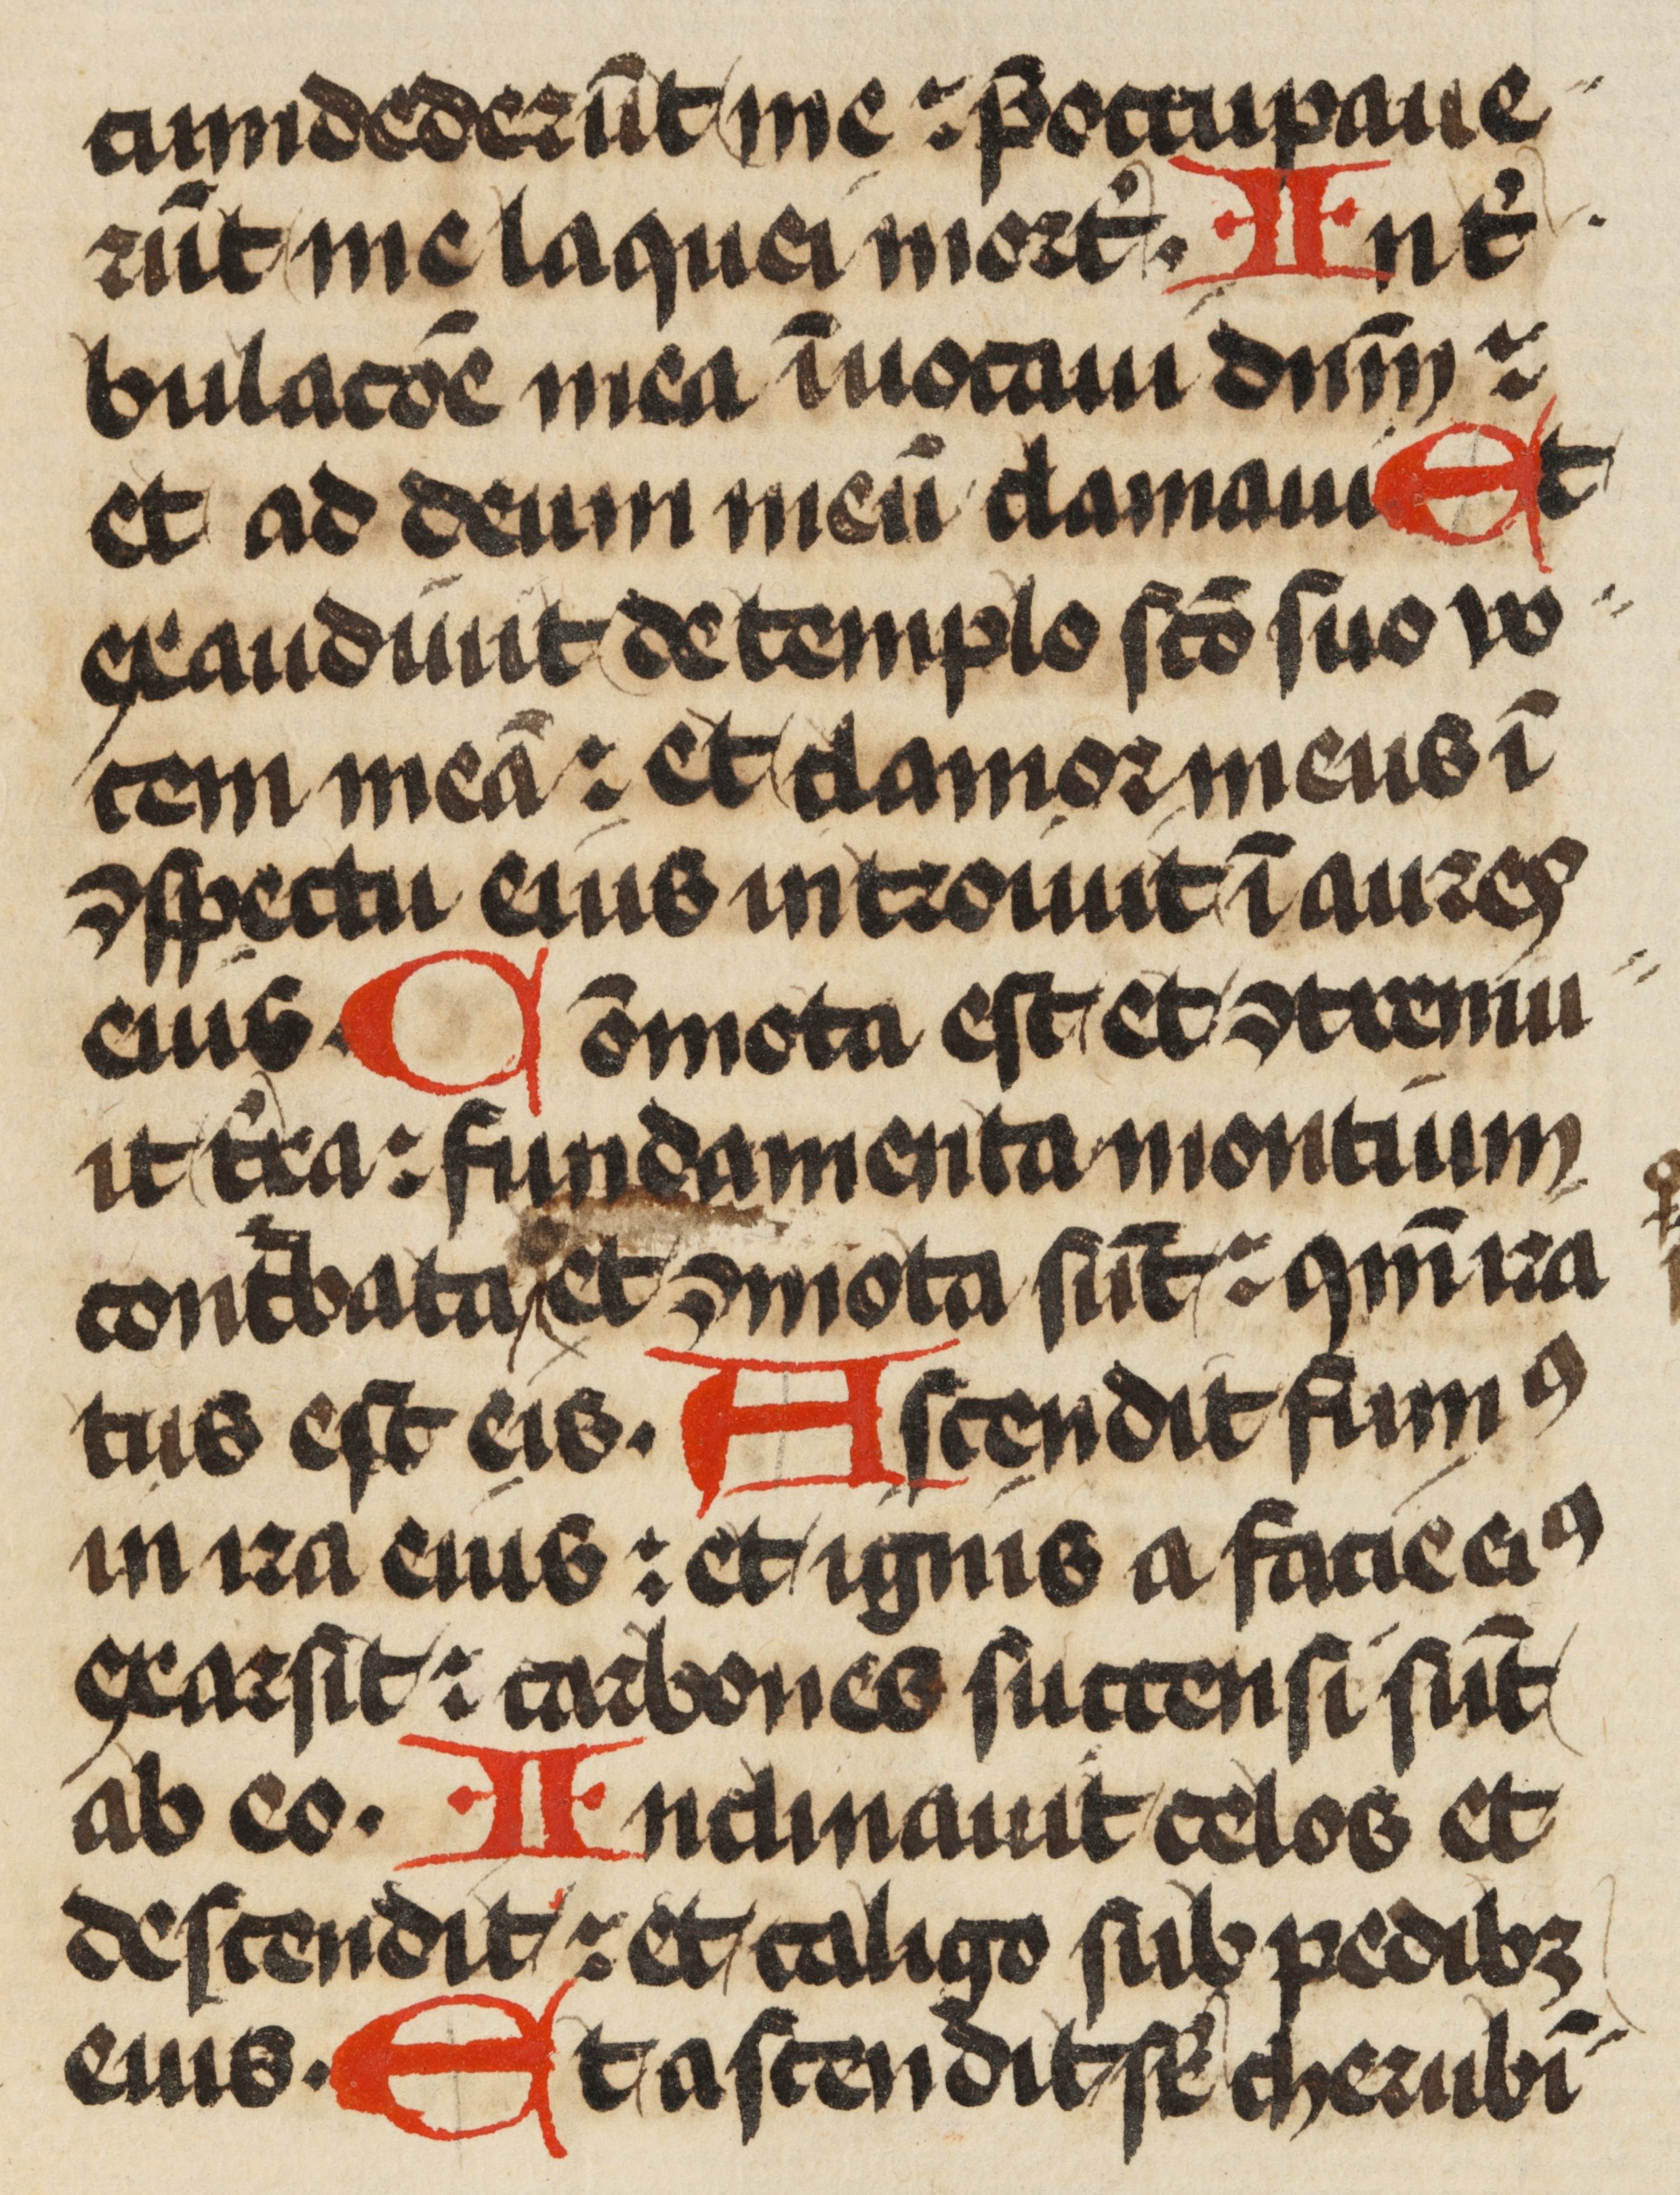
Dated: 1471–1471